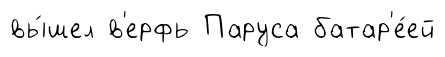
вы́шел в'ерфь Паруса батар'е́ей